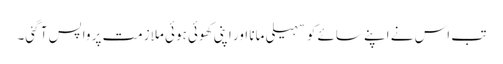
تب اس نے اپنے سائے کو سہیلی مانا اور اپنی کھوئی ہوئی ملازمت پر واپس آ گئی۔